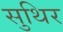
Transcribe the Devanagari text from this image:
सुथिर